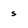
Character: s